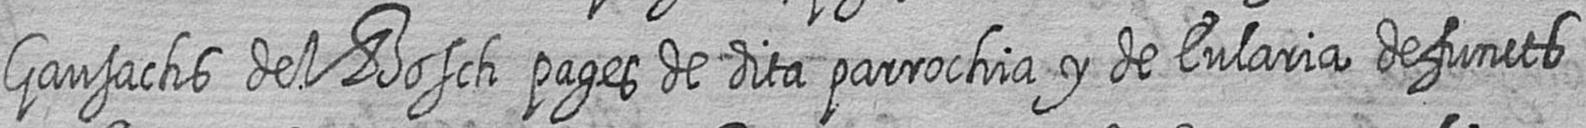
Gausachs del Bosch pages de dita parrochia y de Eularia defuncts